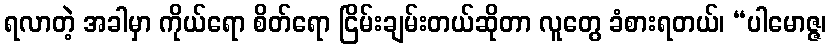
ရလာတဲ့ အခါမှာ ကိုယ်ရော စိတ်ရော ငြိမ်းချမ်းတယ်ဆိုတာ လူတွေ ခံစားရတယ်၊ “ပါမောဇ္ဇ၊